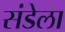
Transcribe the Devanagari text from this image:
संडेला